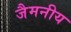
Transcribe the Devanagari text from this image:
जैमनीय